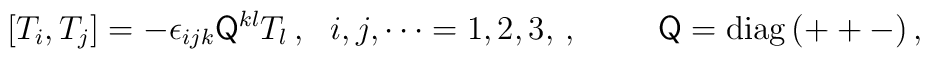
[T_{i},T_{j}]=-\epsilon_{ijk}\mathsf{Q}^{kl}T_{l}\, ,\,\,\,\,i,j,\cdots=1,2,3,\, ,  \hspace{1cm}\mathsf{Q}={\rm diag}\, (++-)\, ,